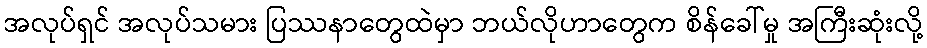
အလုပ်ရှင် အလုပ်သမား ပြဿနာတွေထဲမှာ ဘယ်လိုဟာတွေက စိန်ခေါ်မှု အကြီးဆုံးလို့